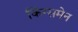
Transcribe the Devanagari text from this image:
किंग्समेन